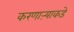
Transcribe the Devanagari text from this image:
करणाऱ्याकडे